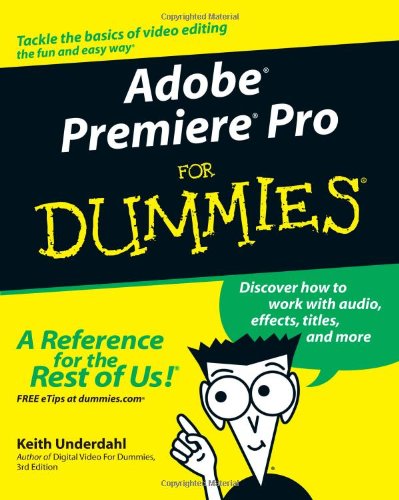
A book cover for Adobe Premiere Pro For Dummies; Keith Underdahl; Computers & Technology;